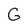
Character: G